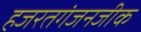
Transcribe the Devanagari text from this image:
हजरतगंजनजीक